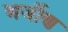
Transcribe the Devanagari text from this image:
अर्जीण